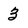
Character: 3